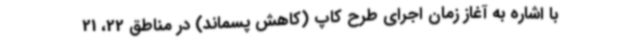
با اشاره به آغاز زمان اجرای طرح کاپ (کاهش پسماند) در مناطق 22، 21